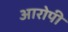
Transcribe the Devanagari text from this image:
अारोपी